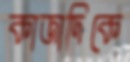
কাজাদিকে